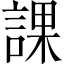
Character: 課